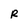
Character: R